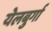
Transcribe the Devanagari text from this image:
येलबुर्गा